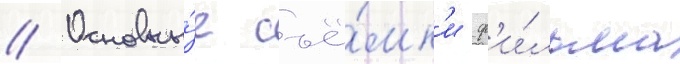
// Основны́е съё́мк'и ф'и́льма